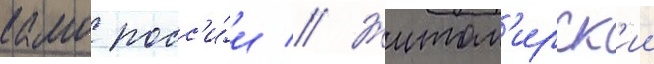
камо росс'и́и // Житом'ирск'ии